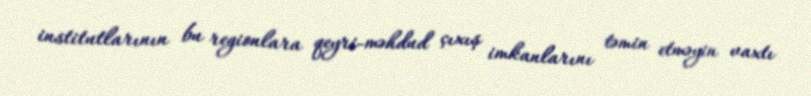
institutlarının bu regionlara qeyri-məhdud çıxış imkanlarını təmin etməyin vaxtı